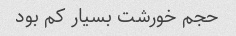
حجم خورشت بسیار کم بود